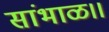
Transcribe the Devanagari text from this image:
सांभाळ।।